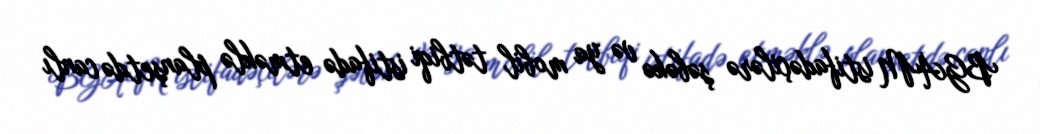
BGAM istifadəçilərə şəbəkə və ya mobil tətbiqi istifadə etməklə planşetdə canlı